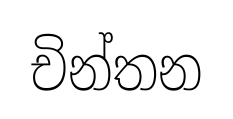
චින්තන